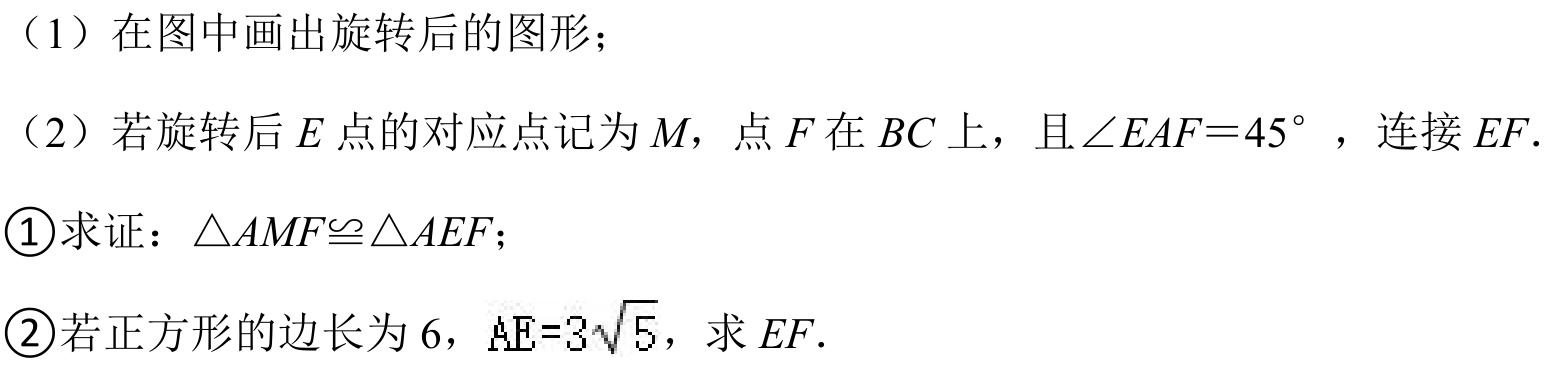
（1）在图中画出旋转后的图形；
（2）若旋转后\(E\)点的对应点记为\(M\)，点\(F\)在\(BC\)上，且\(\angle EAF = 45^{\circ}\)，连接\(EF\).
\textcircled{1}求证：\(\triangle AMF\cong\triangle AEF\)；
\textcircled{2}若正方形的边长为\(6\)，\(AE = 3\sqrt{5}\)，求\(EF\).